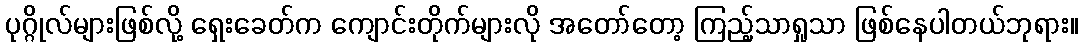
ပုဂ္ဂိုလ်များဖြစ်လို့ ရှေးခေတ်က ကျောင်းတိုက်များလို အတော်တော့ ကြည့်သာရှုသာ ဖြစ်နေပါတယ်ဘုရား။